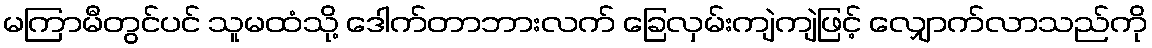
မကြာမီတွင်ပင် သူမထံသို့ ဒေါက်တာဘားလက် ခြေလှမ်းကျဲကျဲဖြင့် လျှောက်လာသည်ကို